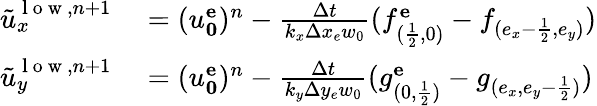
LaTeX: \begin{array}{rl}{\tilde{u}_{x}^{\mathrm{~l~o~w~},n+1}}&{{}=(u_{\mathbf{0}}^{\mathbf{e}})^{n}-\frac{\Delta t}{k_{x}\Delta x_{e}w_{0}}(f_{(\frac{1}{2},0)}^{\mathbf{e}}-f_{(e_{x}-\frac{1}{2},e_{y})})}\\ {\tilde{u}_{y}^{\mathrm{~l~o~w~},n+1}}&{{}=(u_{\mathbf{0}}^{\mathbf{e}})^{n}-\frac{\Delta t}{k_{y}\Delta y_{e}w_{0}}(g_{(0,\frac{1}{2})}^{\mathbf{e}}-g_{(e_{x},{e_{y}-\frac{1}{2}})})}\end{array}